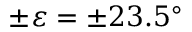
\pm \varepsilon = \pm 2 3 . 5 ^ { \circ }